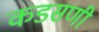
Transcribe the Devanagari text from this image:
कडसणी